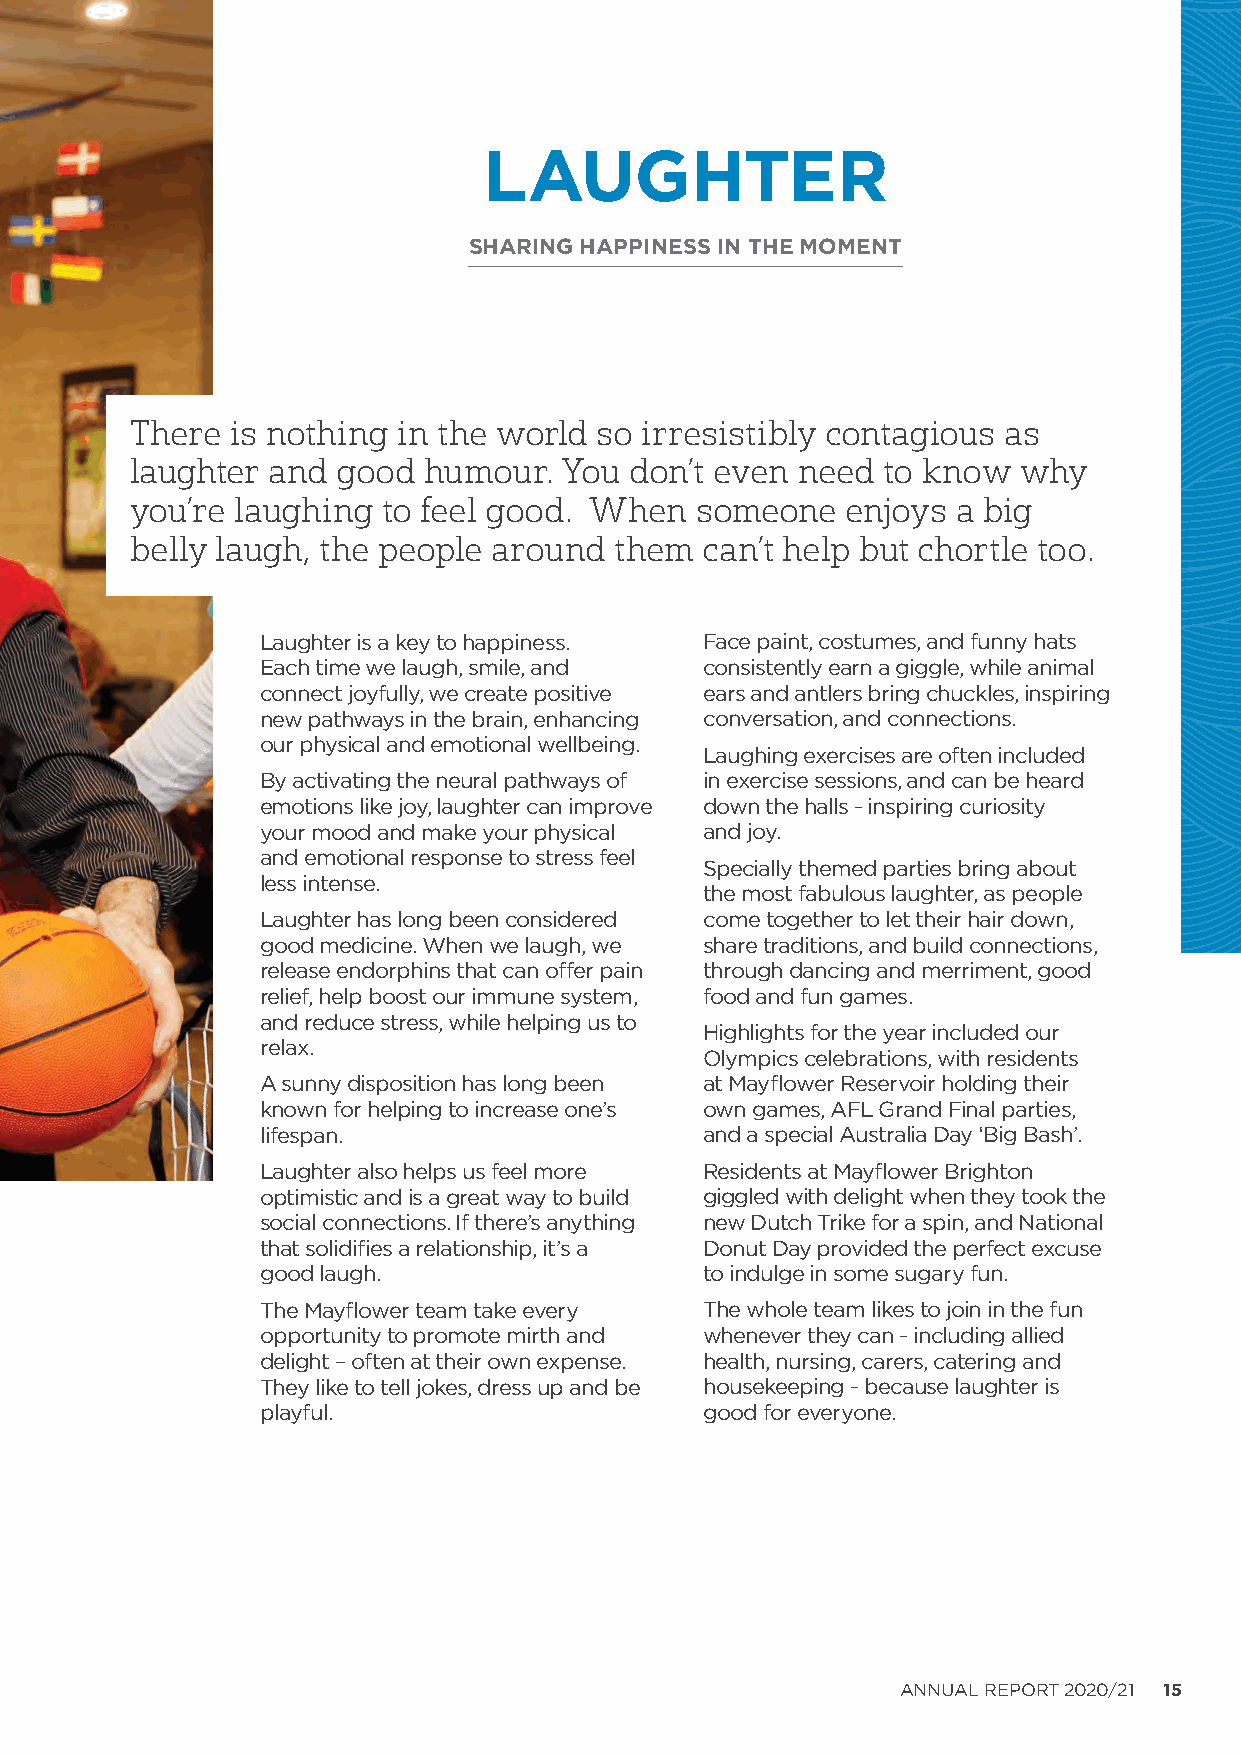
LAUGHTER
 SHARING HAPPINESS IN THE MOMENT
 There is nothing in the world so irresistibly contagious as
 laughter and good  humour.  You  don’t even need to know  why
 you’re laughing to feel good. When   someone   enjoys a big
 belly laugh, the people around  them can’t help but chortle too.
 Laughter is a key to happiness. Face paint, costumes, and funny hats
 Each time we laugh, smile, and consistently earn a giggle, while animal
 connect joyfully, we create positive ears and antlers bring chuckles, inspiring
 new pathways in the brain, enhancing conversation, and connections.
 our physical and emotional wellbeing.
 Laughing exercises are often included
 By activating the neural pathways of in exercise sessions, and can be heard
 emotions like joy, laughter can improve down the halls - inspiring curiosity
 your mood and make your physical and joy.
 and emotional response to stress feel
 Specially themed parties bring about
 less intense.
 the most fabulous laughter, as people
 Laughter has long been considered come together to let their hair down,
 good medicine. When we laugh, we share traditions, and build connections,
 release endorphins that can offer pain through dancing and merriment, good
 relief, help boost our immune system, food and fun games.
 and reduce stress, while helping us to
 Highlights for the year included our
 relax.
 Olympics celebrations, with residents
 A sunny disposition has long been at Mayflower Reservoir holding their
 known for helping to increase one’s own games, AFL Grand Final parties,
 lifespan.                     and a special Australia Day ‘Big Bash’.
 Laughter also helps us feel more Residents at Mayflower Brighton
 optimistic and is a great way to build giggled with delight when they took the
 social connections. If there’s anything new Dutch Trike for a spin, and National
 that solidifies a relationship, it’s a Donut Day provided the perfect excuse
 good laugh.                   to indulge in some sugary fun.
 The Mayflower team take every The whole team likes to join in the fun
 opportunity to promote mirth and whenever they can - including allied
 delight – often at their own expense. health, nursing, carers, catering and
 They like to tell jokes, dress up and be housekeeping - because laughter is
 playful.                      good for everyone.
 ANNUAL REPORT 2020/21 15